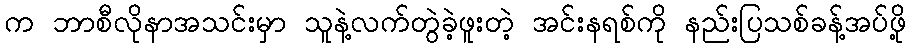
က ဘာစီလိုနာအသင်းမှာ သူနဲ့လက်တွဲခဲ့ဖူးတဲ့ အင်းနရစ်ကို နည်းပြသစ်ခန့်အပ်ဖို့